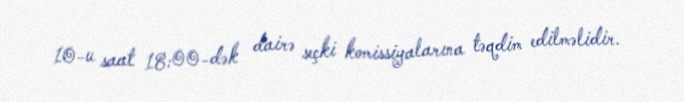
10-u saat 18:00-dək dairə seçki komissiyalarına təqdim edilməlidir.